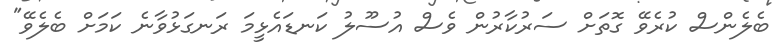
ބެލެންސް ކުރެވޭ ގޮތަށް ސަރުކާރުން ވެސް އުސޫލު ކަނޑައެޅީމަ ރަނގަޅުވާނެ ކަމަށް ބެލެވޭ"